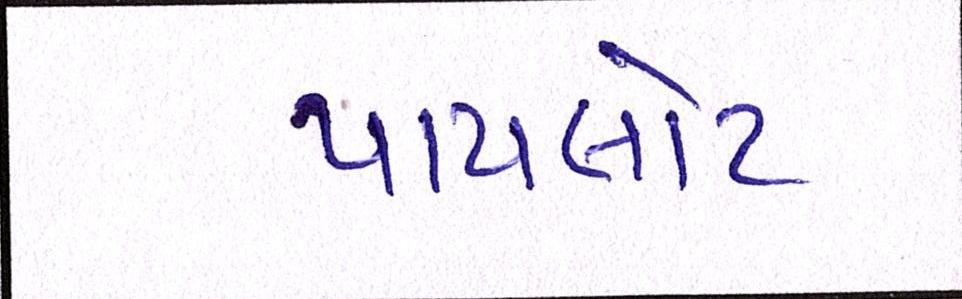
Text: પાયલોટ